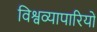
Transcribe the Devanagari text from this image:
विश्वव्यापारियों